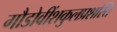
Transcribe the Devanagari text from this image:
गौडोवींशकुलप्रशस्ति